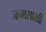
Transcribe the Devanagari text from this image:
जन्मसाखी